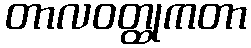
တာလဝတ္ထုကတာ